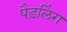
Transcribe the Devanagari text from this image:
पैड़लिंग